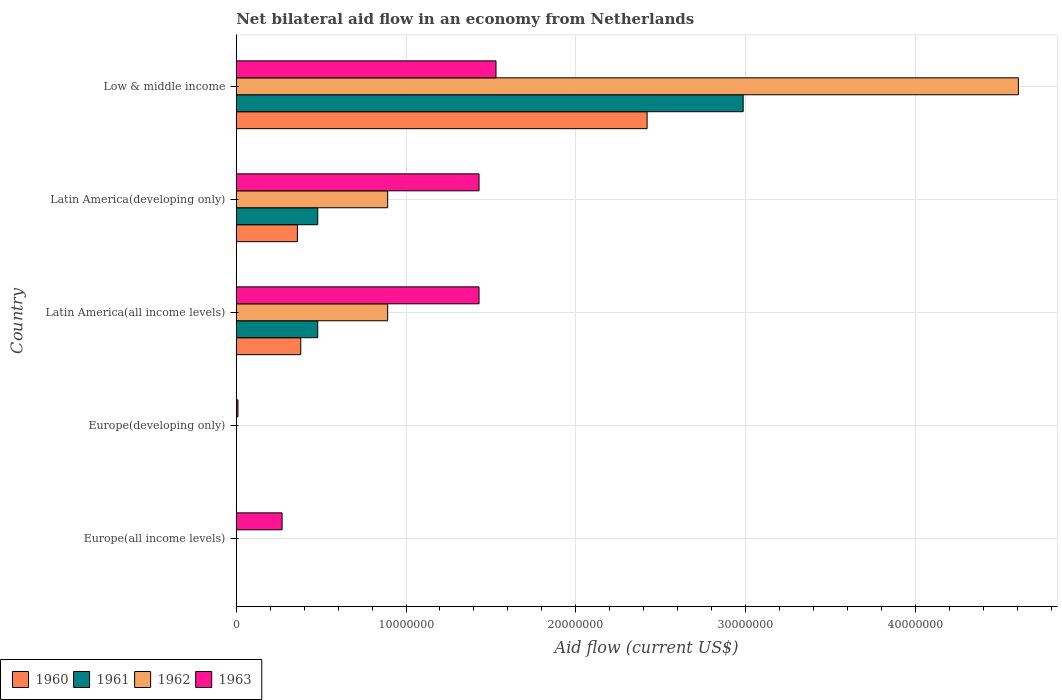
| Country | 1960 | 1961 | 1962 | 1963 |
 | --- | --- | --- | --- | --- |
 | Europe(all income levels) | -9e+05 | -5e+05 | -3e+04 | 2.7e+06 |
 | Europe(developing only) | -1e+06 | -1.03e+06 | -6.1e+05 | 1e+05 |
 | Latin America(all income levels) | 3.8e+06 | 4.8e+06 | 8.92e+06 | 1.43e+07 |
 | Latin America(developing only) | 3.6e+06 | 4.8e+06 | 8.92e+06 | 1.43e+07 |
 | Low & middle income | 2.42e+07 | 2.99e+07 | 4.61e+07 | 1.53e+07 |